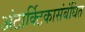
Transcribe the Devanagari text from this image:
अंटार्क्टिकासंबंधित